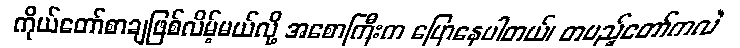
ကိုယ်တော်စာချဖြစ်လိမ့်မယ်လို့ အစောကြီးက ပြောနေပါတယ်၊ တပည့်တော်ကလဲ